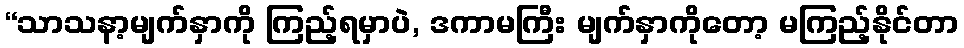
“သာသနာ့မျက်နှာကို ကြည့်ရမှာပဲ, ဒကာမကြီး မျက်နှာကိုတော့ မကြည့်နိုင်တာ